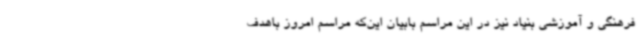
فرهنگی و آموزشی بنیاد نیز در این مراسم بابیان این‌که مراسم امروز باهدف